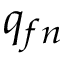
q _ { f n }